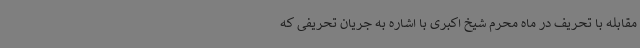
مقابله با تحریف در ماه محرم شیخ اکبری با اشاره به جریان تحریفی که